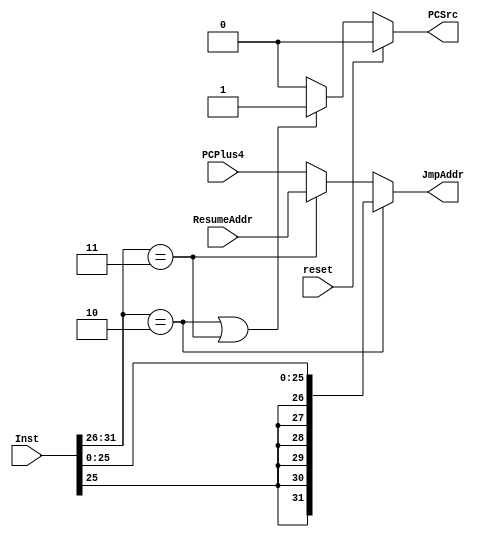
`timescale 1ns / 1ps
//////////////////////////////////////////////////////////////////////////////////
// Company: 
// Engineer: 
// 
// Design Name: 
// Module Name:    jmp_instr 
// Project Name: 
// Target Devices: 
// Tool versions: 
// Description: 
//
// Dependencies: 
//
// Revision: 
// Revision 0.01 - File Created
// Additional Comments: 
//
//////////////////////////////////////////////////////////////////////////////////
module jmp_instr(
Inst, 
PCPlus4,
PCSrc,
JmpAddr,
ResumeAddr,
reset
    );

input [31:0] Inst;
input [31:0] PCPlus4, ResumeAddr;
input reset;

output PCSrc;
reg PCSrc;
output [31:0] JmpAddr;

//initial //PCSrc needs to be initialized to zero
//	PCSrc <= 1'b0;
	
always @ (Inst[31:26], reset)
begin
		if(reset)
			PCSrc <= 1'b0;
		else if (Inst[31:26] == 6'h2 || Inst[31:26] == 6'h3)
			PCSrc <= 1'b1;
		else
			PCSrc <= 1'b0;	
end

assign JmpAddr = (Inst[31:26] == 6'h2)?({{6{Inst[25]}},Inst[25:0]}):((Inst[31:26] == 6'h3)?(ResumeAddr):(PCPlus4));

endmodule